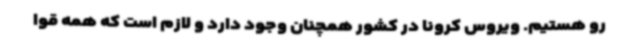
رو هستیم. ویروس کرونا در کشور همچنان وجود دارد و لازم است که همه قوا